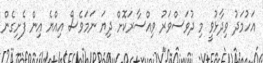
އަހުމަދު ވިދާޅުވީ މި ދުވަސްވަރު ވިއްސާރަކޮށް ދިޔަ ނަމަވެސް އިއްޔެ އިން ފެށިގެން